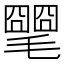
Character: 𣰡